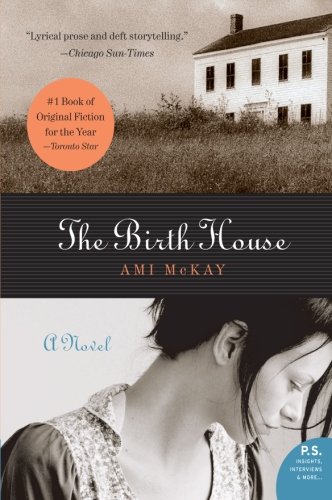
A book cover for The Birth House: A Novel (P.S.); Ami McKay; Literature & Fiction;